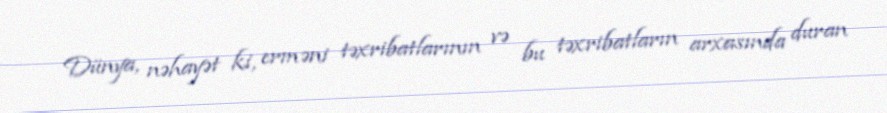
Dünya, nəhayət ki, erməni təxribatlarının və bu təxribatların arxasında duran